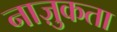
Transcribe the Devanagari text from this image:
नाज़ुकता